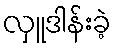
လှူဒါန်းခဲ့